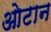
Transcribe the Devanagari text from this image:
ओटान